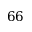
6 6